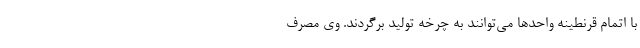
با اتمام قرنطینه واحد‌ها می‌توانند به چرخه تولید برگردند. وی مصرف